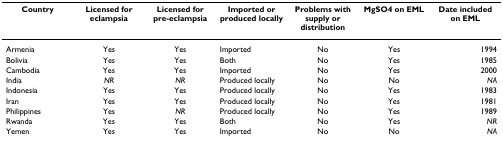
| Country | Licensed for eclampsia | Licensed for pre-eclampsia | Imported or produced locally | Problems with supply or distribution | MgSO4 on EML | Date included on EML |
 | --- | --- | --- | --- | --- | --- | --- |
 | Armenia | Yes | Yes | Imported | No | Yes | 1994 |
 | Bolivia | Yes | Yes | Both | No | Yes | 1985 |
 | Cambodia | Yes | Yes | Imported | No | Yes | 2000 |
 | India | NR | NR | Produced locally | No | No | NA |
 | Indonesia | Yes | Yes | Produced locally | No | Yes | 1983 |
 | Iran | Yes | Yes | Produced locally | No | Yes | 1981 |
 | Philippines | Yes | NR | Produced locally | No | Yes | 1989 |
 | Rwanda | Yes | Yes | Both | No | Yes | NR |
 | Yemen | Yes | Yes | Imported | No | No | NA |